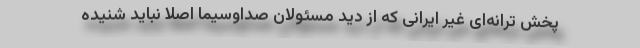
پخش ترانه‌ای غیر ایرانی که از دید مسئولان صداوسیما اصلا نباید شنیده